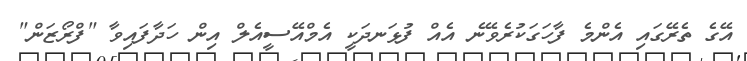
އޭގެ ތެރޭގައި އެންމެ ފާހަގަކުރެވޭނެ އެއް ފުޅަނދަކީ އެމްއޭސީއެލް އިން ހަދާފައިވާ "ފްރޯޒަން"